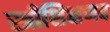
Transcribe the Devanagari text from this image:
स्त्रीशिक्षणव